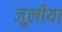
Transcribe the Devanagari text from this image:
जूलीया